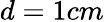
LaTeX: d=1cm